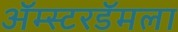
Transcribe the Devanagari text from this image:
ॲम्स्टरडॅमला